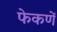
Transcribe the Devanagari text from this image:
फेकणें